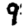
Digit: 9